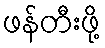
ဖန်တီးဖို့